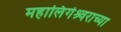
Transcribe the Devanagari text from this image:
महालिंगेश्र्वराच्या